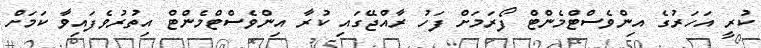
ކުރީ އަހަރުގެ އިންވެސްޓްމެންޓް ފޯރަމަށް ފަހު ރާއްޖޭގައި ކުރާ އިންވެސްޓްމެންޓް އިތުރުވެފައިވާ ކަމަށް